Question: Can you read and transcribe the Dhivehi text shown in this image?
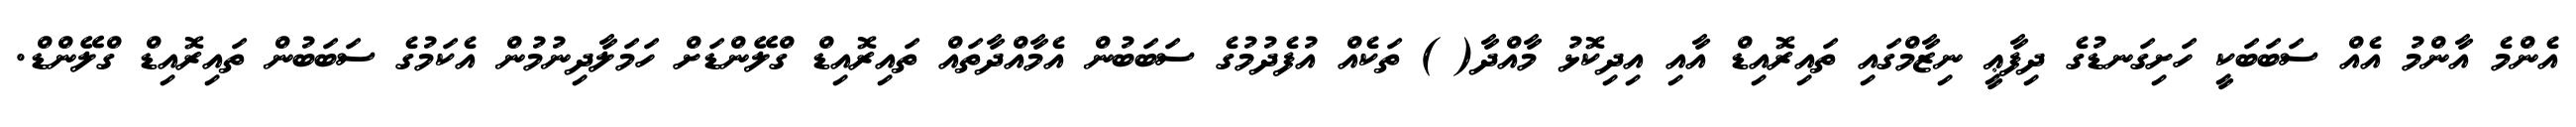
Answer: އެންމެ އާންމު އެއް ސަބަބަކީ ހަށިގަނޑުގެ ދިފާޢީ ނިޒާމްގައި ތައިރޮއިޑް އާއި އިދިކޮޅު މާއްދާ( ) ތަކެއް އުފެދުމުގެ ސަބަބުން އެމާއްދާތައް ތައިރޮއިޑް ގްލޭންޑަށް ހަމަލާދިނުމުން އެކަމުގެ ސަބަބުން ތައިރޮއިޑް ގްލޭންޑް.